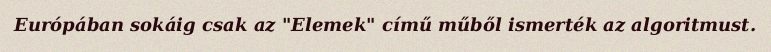
Európában sokáig csak az "Elemek" című műből ismerték az algoritmust.